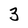
Character: 3